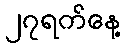
၂၇ရက်နေ့